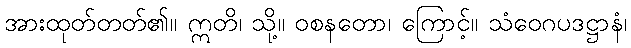
အားထုတ်တတ်၏။ ဣတိ၊ သို့။ ဝစနတော၊ ကြောင့်။ သံဝေဂပဒဋ္ဌာနံ၊